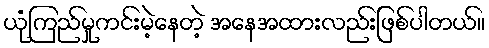
ယုံကြည်မှုကင်းမဲ့နေတဲ့ အနေအထားလည်းဖြစ်ပါတယ်။